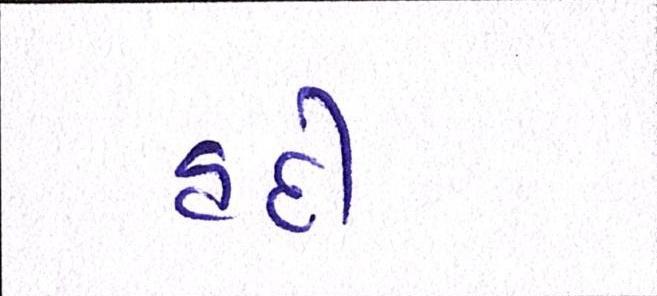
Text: હદી